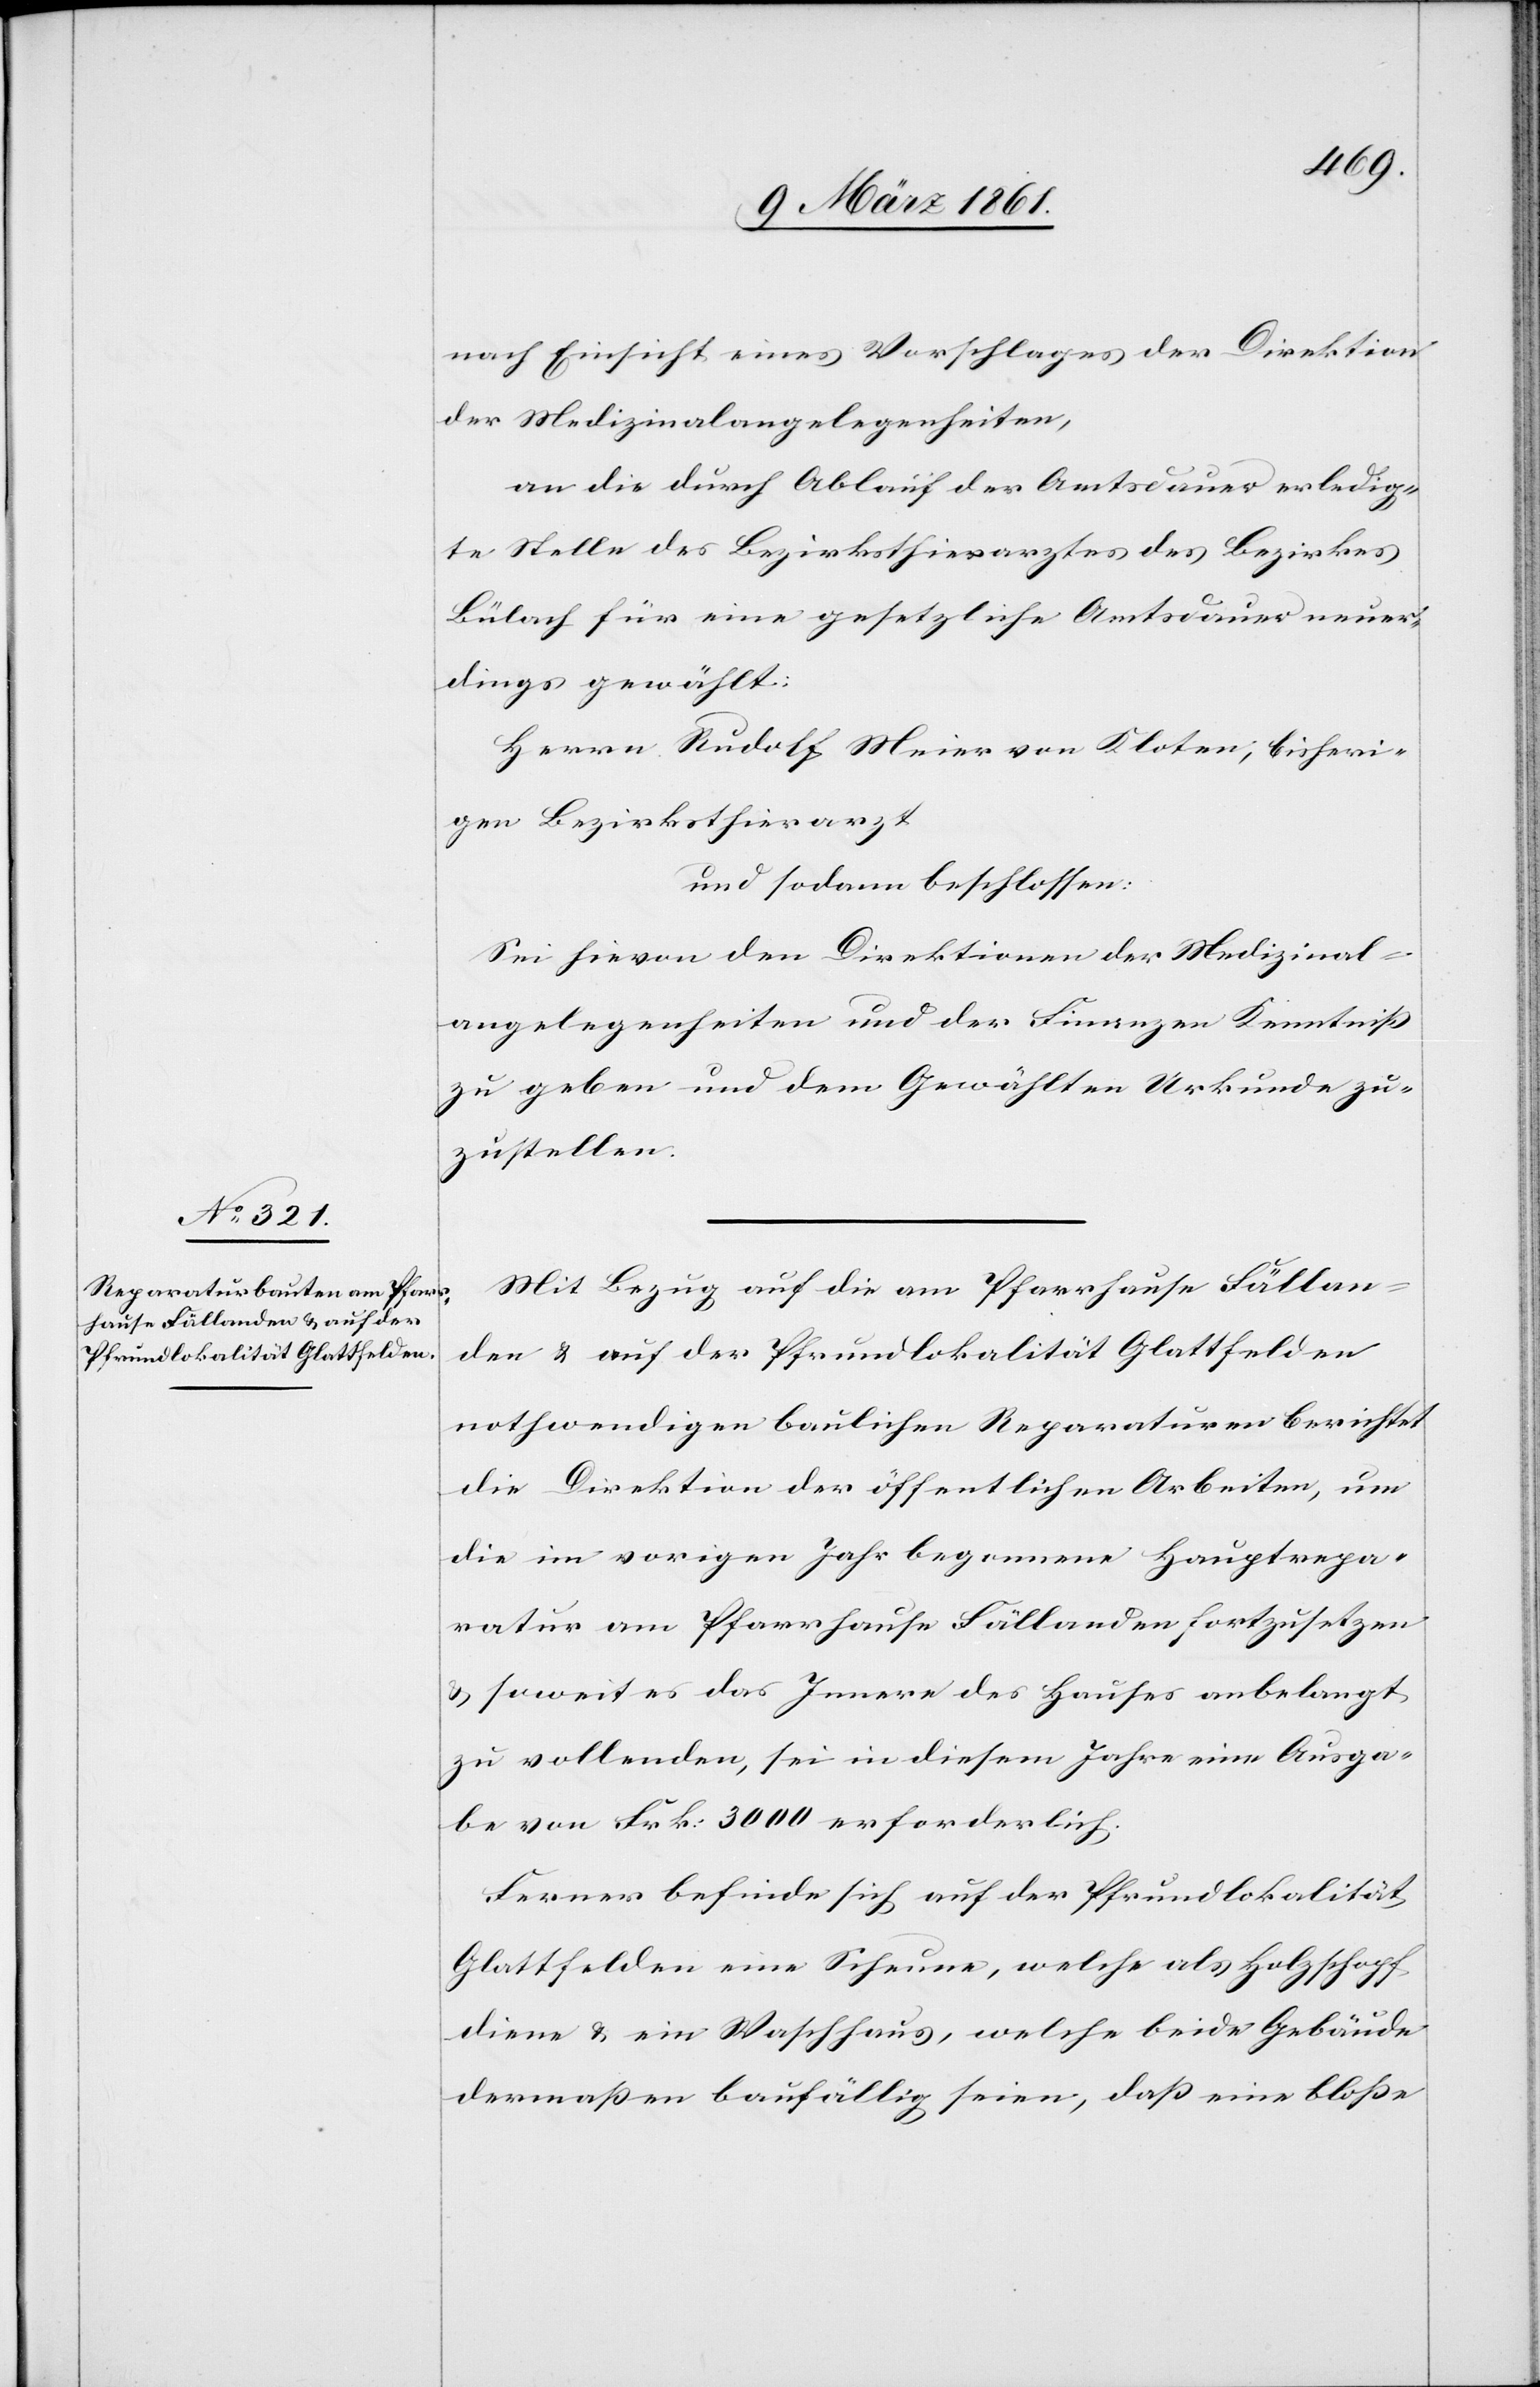
nach Einsicht eines Vorschlages der Direktion
der Medizinalangelegenheiten,
an die durch Ablauf der Amtsdauer erledig¬
te Stelle des Bezirksthierarztes des Bezirkes
Bülach für eine gesetzliche Amtsdauer neuer¬
dings gewählt:
Herrn Rudolf Meier von Kloten, bisheri¬
gen Bezirksthierarzt
und sodann beschlossen:
Sei hievon den Direktionen der Medizinal¬
angelegenheiten und der Finanzen Kenntniss
zu geben und dem Gewählten Urkunde zu¬
zustellen.
Mit Bezug auf die am Pfarrhause Fällan¬
den u. auf der Pfrundlokalität Glattfelden
nothwendigen baulichen Reparaturen berichtet
die Direktion der öffentlichen Arbeiten, um
die im vorigen Jahr begonnene Hauptrepa¬
ratur am Pfarrhause Fällanden fortzusetzen
u. soweit es das Innere des Hauses anbelangt
zu vollenden, sei in diesem Jahre eine Ausga¬
be von Frk. 3000 erforderlich.
Ferner befinde sich auf der Pfrundlokalität
Glattfelden eine Scheune, welche als Holzschopf
diene u. ein Waschhause, welche beide Gebäude
dermassen baufällig seien, dass eine blosse